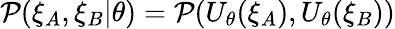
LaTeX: \mathcal{P}(\xi_{A},\xi_{B}|\theta)=\mathcal{P}(U_{\theta}(\xi_{A}),U_{\theta}(\xi_{B}))